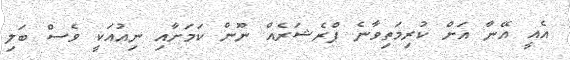
އެއީ އޭނާ އަށް ކުރިމަތިވާނެ ޕްރެޝަރެއް ނޫން ކަމަށާއި ނިއުއަކީ ވެސް ބަލި